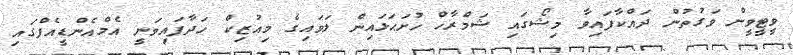
ވީޓީވީން ވަގުތުން ދައްކާފައިވާ މިޝޯގައި ޝަމްރާހް ހުށަޙަޅައިން ލަވައިގެ މިއުޒިކް ހަދާފައިވަނީ އެމްއެންޑީއެފްގައި